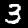
Digit: 3